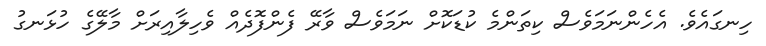
ހިނގައެވެ. އެހެންނަަމަވެސް ކިތަންމެ ކުޑަކޮށް ނަމަވެސް ވާރޭ ފެންފޮދެއް ވެހިލާއިރަށް މާލޭގެ ހުޅަނގު